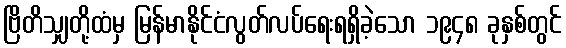
ဗြိတိသျှတို့ထံမှ မြန်မာနိုင်ငံလွတ်လပ်ရေးရရှိခဲ့သော ၁၉၄၈ ခုနှစ်တွင်